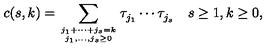
c ( s , k ) = \sum _ { j _ { 1 } + \cdots + j _ { s } = k \atop j _ { 1 } , \ldots , j _ { s } \geq 0 } \tau _ { j _ { 1 } } ^ { } \cdots \tau _ { j _ { s } } ^ { } \quad s \geq 1 , k \geq 0 ,